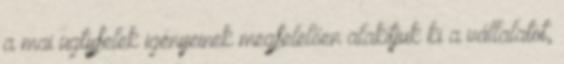
a mai ügtyfelek igényeinek megfelelően alakítjuk ki a vállalatot,